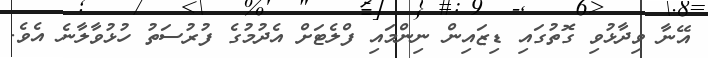
އޭނާ ވިދާޅުވި ގޮތުގައި ޑިޒައިން ނިންމައި ފްލެޓަށް އެދުމުގެ ފުރުސަތު ހުޅުވާލާނެ އެވެ.